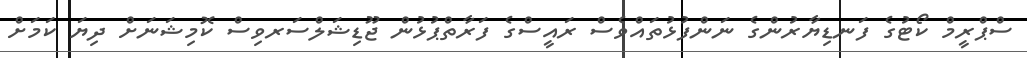
ސްޕްރީމް ކޯޓުގެ ފަނޑިޔާރުންގެ ނަންފުޅުތައްވެސް ރައީސްގެ ފަރާތްޕުޅުން ޖޫޑިޝަލްސަރވިސް ކޮމިޝަނަށް ދިޔަ ކަމަށް